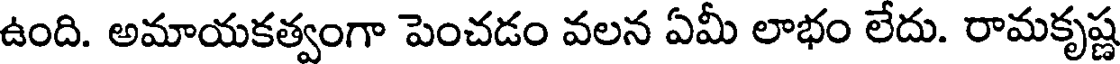
ఉంది. అమాయకత్వంగా పెంచడం వలన ఏమీ లాభం లేదు. రామకృష్ణ